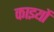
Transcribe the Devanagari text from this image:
काइयों